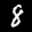
Label: 8